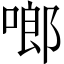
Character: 啷